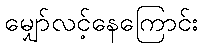
မျှော်လင့်နေကြောင်း